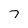
Character: 7